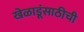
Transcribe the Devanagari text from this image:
खेळाडूंसाठीची